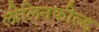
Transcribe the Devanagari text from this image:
लीलिनफील्ड